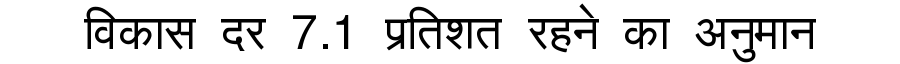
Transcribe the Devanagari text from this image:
विकास दर 7.1 प्रतिशत रहने का अनुमान